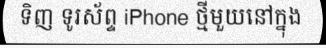
ទិញ ទូរស័ព្ទ iPhone ថ្មីមួយនៅក្នុង